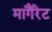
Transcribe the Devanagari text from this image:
मागैंरेट